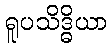
ရူပသိဒ္ဓိယာ